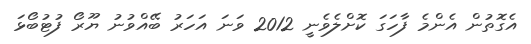
އެގޮތުން އެންމެ ފާހަގަ ކޮށްލެވެނީ 2012 ވަނަ އަހަރު ބޭއްވުނު ޔޫރޯ ފުޓުބޯޅަ